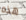
هذه